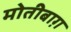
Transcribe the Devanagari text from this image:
मोतीबाग़